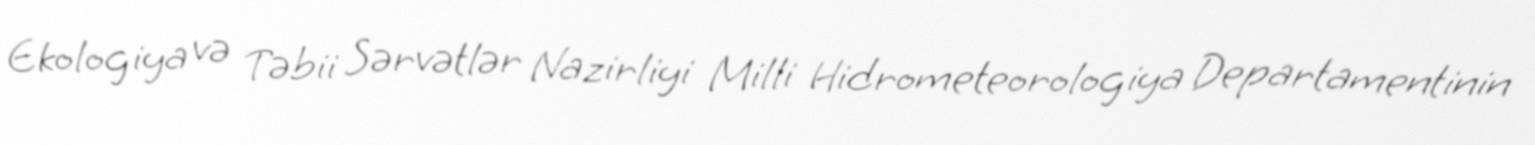
Ekologiya və Təbii Sərvətlər Nazirliyi Milli Hidrometeorologiya Departamentinin